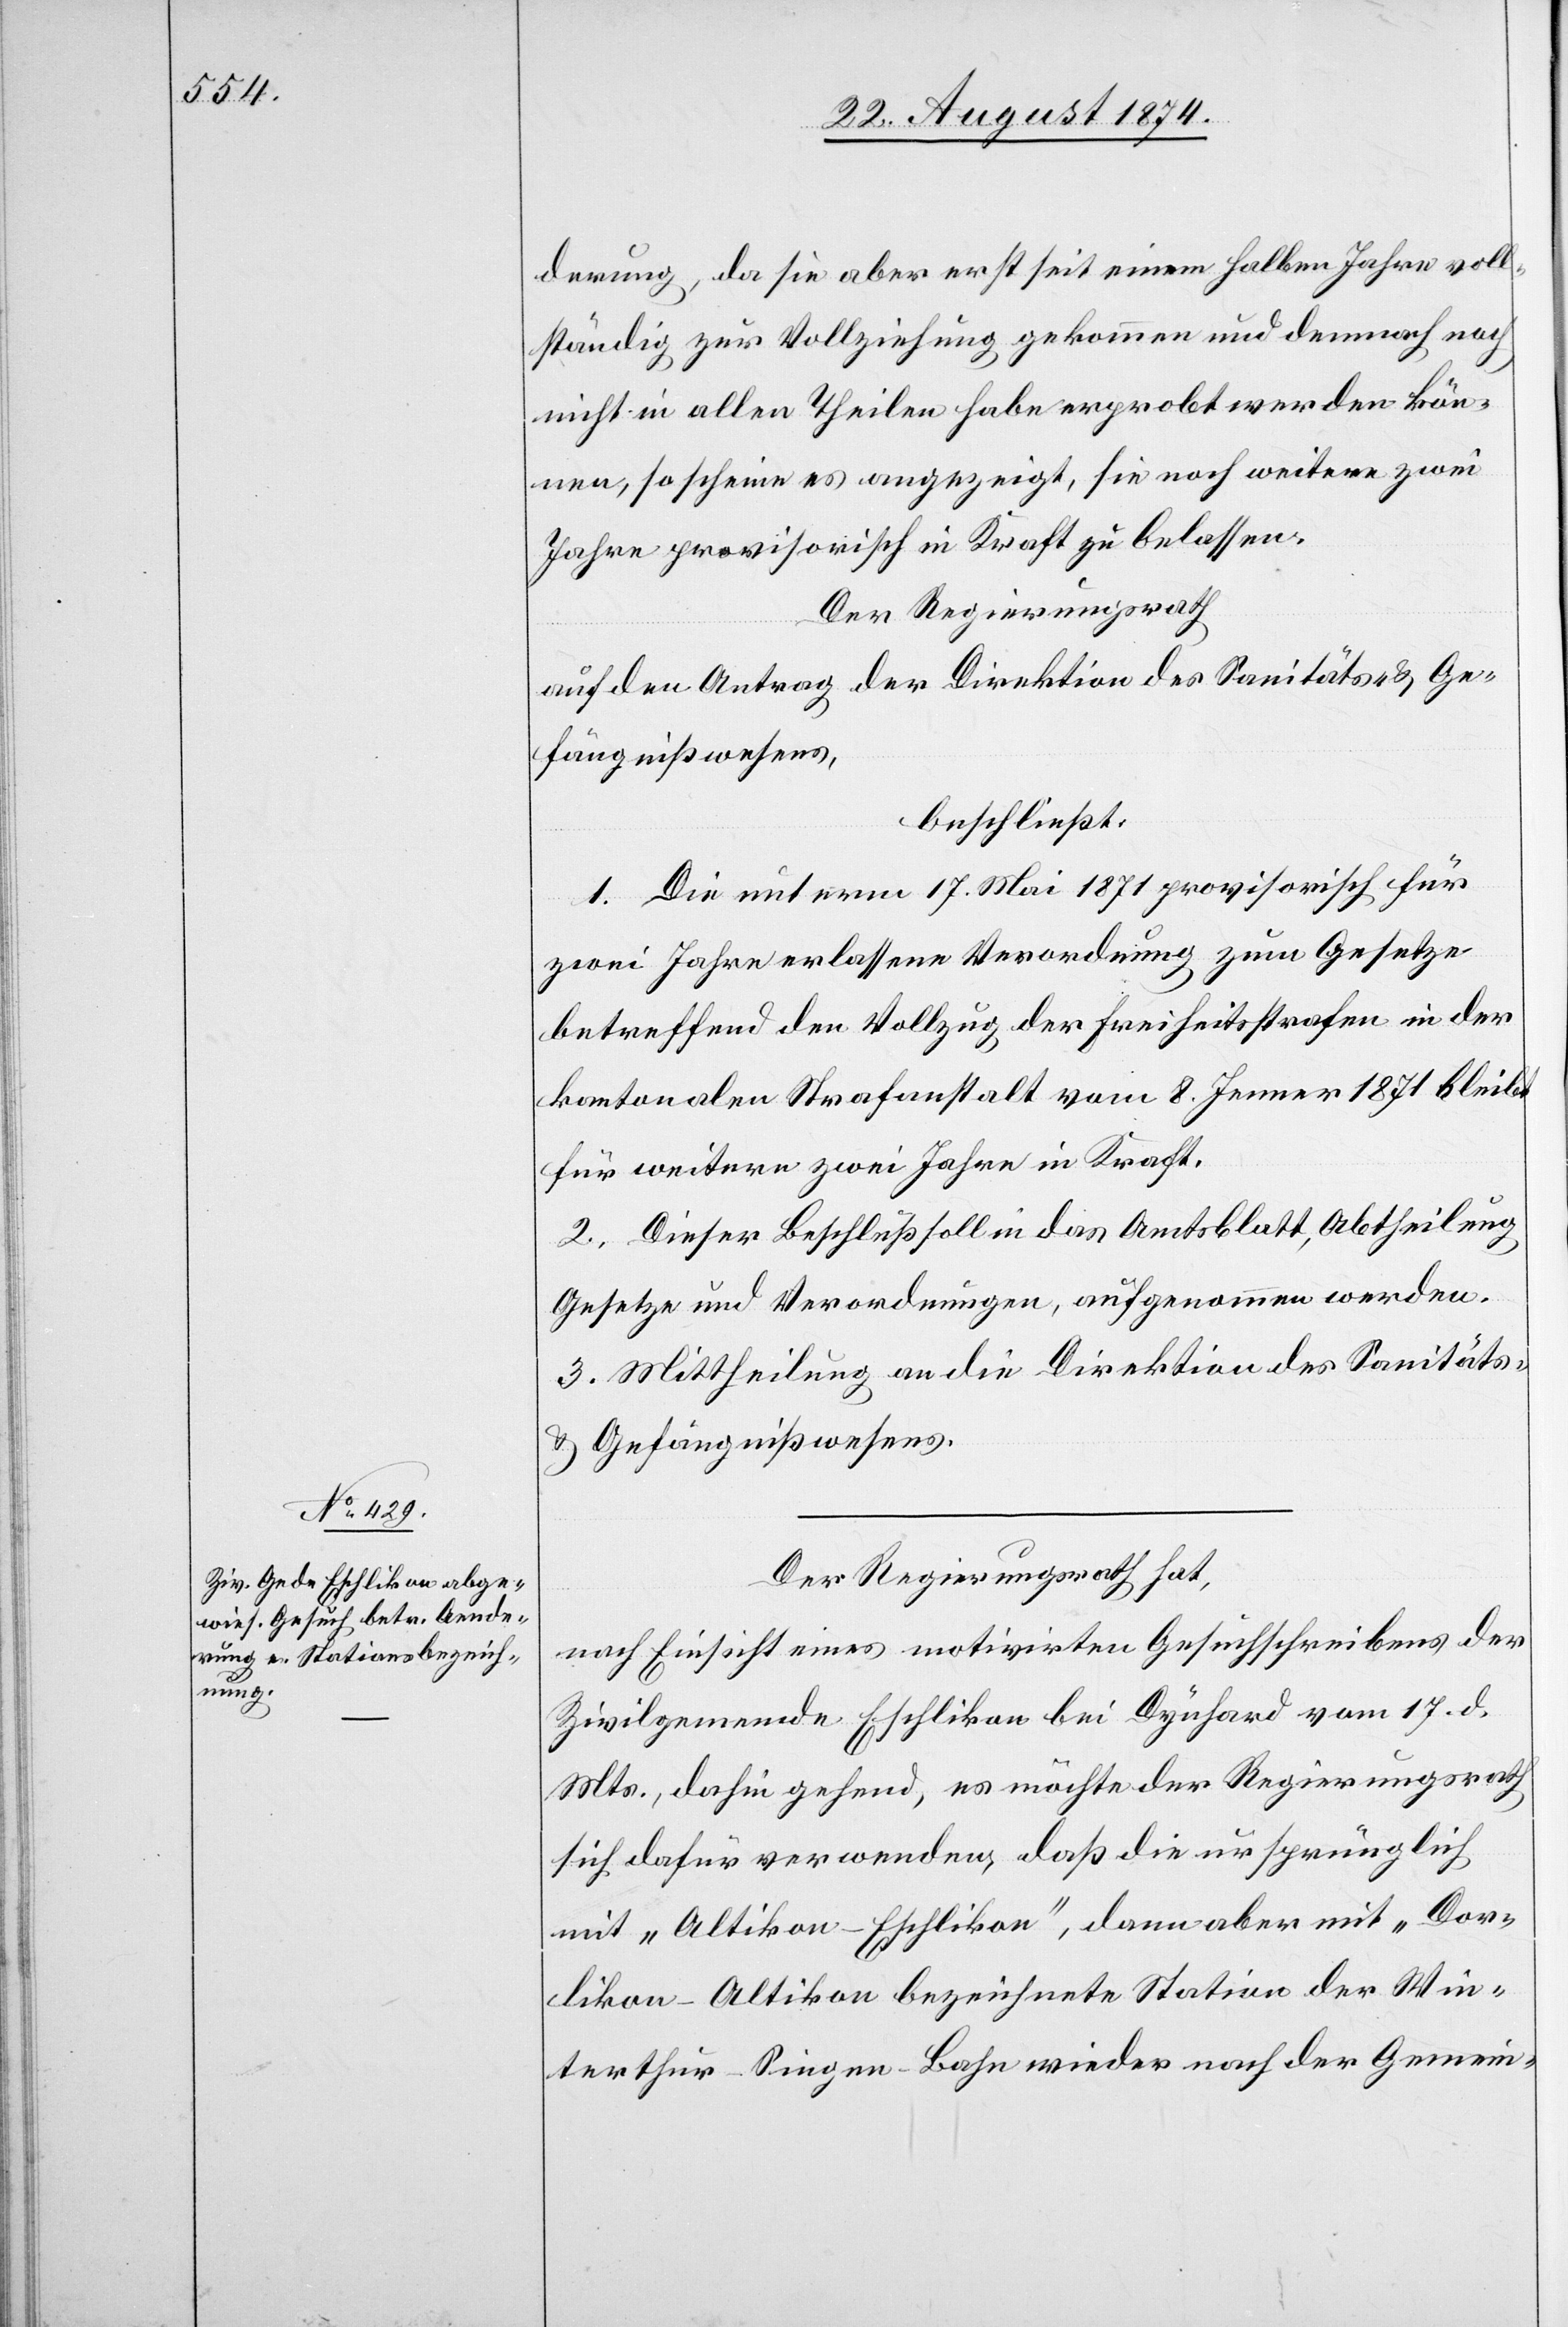
derung, da sie aber erst seit einem halben Jahre voll¬
ständig zur Vollziehung gekommen und demnach noch
nicht in allen Theilen habe erprobt werden kön¬
nen, so scheine es angezeigt, sie noch weitere zwei
Jahre provisorisch in Kraft zu belassen.
Der Regierungsrath
auf den Antrag der Direktion des Sanitäts- u. Ge¬
fängnißwesens,
beschließt:
1. Die unterm 17. Mai 1871 provisorisch für
zwei Jahre erlassene Verordnung zum Gesetze
betreffend den Vollzug der Freiheitsstrafen in der
kantonalen Strafanstalt vom 8. Jenner 1871 bleibt
für weitere zwei Jahre in Kraft.
2. Dieser Beschluß soll in das Amtsblatt, Abtheilung
Gesetze und Verordnungen, aufgenommen werden.
3. Mittheilung an die Direktion des Sanitäts-
u. Gefängnißwesens.
Der Regierungsrath hat,
nach Einsicht eines motivirten Gesuchschreibens der
Zivilgemeinde Eschlikon bei Dynhard vom 17. d.
Mts., dahin gehend, es möchte der Regierungsrath
sich dafür verwenden, daß die ursprünglich
mit „Altikon-Eschlikon“, dann aber mit „Dor¬
likon-Altikon[“] bezeichnete Station der Win¬
terthur–Singen-Bahn wieder nach der Gemein-